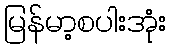
မြန်မာ့စပါးအုံး